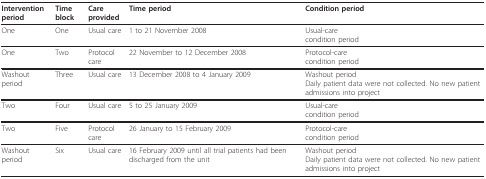
| Intervention period | Time block | Care provided | Time period | Condition period |
 | --- | --- | --- | --- | --- |
 | One | One | Usual care | 1 to 21 November 2008 | Usual-carecondition period |
 | One | Two | Protocol care | 22 November to 12 December 2008 | Protocol-carecondition period |
 | Washout period | Three | Usual care | 13 December 2008 to 4 January 2009 | Washout periodDaily patient data were not collected. No new patient admissions into project |
 | Two | Four | Usual care | 5 to 25 January 2009 | Usual-carecondition period |
 | Two | Five | Protocol care | 26 January to 15 February 2009 | Protocol-carecondition period |
 | Washout period | Six | Usual care | 16 February 2009 until all trial patients had been discharged from the unit | Washout periodDaily patient data were not collected. No new patient admissions into project |